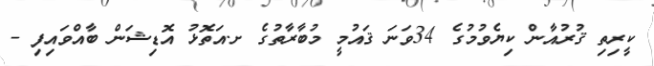
ކީރިތި ޤުރުއާން ކިޔެވުމުގެ 34ވަނަ ޤައުމީ މުބާރާތުގެ ށ.އަތޮޅު އޮޑިޝަން ބާއްވައިފި -